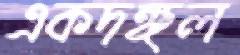
একদঙ্গল